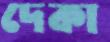
দেকা